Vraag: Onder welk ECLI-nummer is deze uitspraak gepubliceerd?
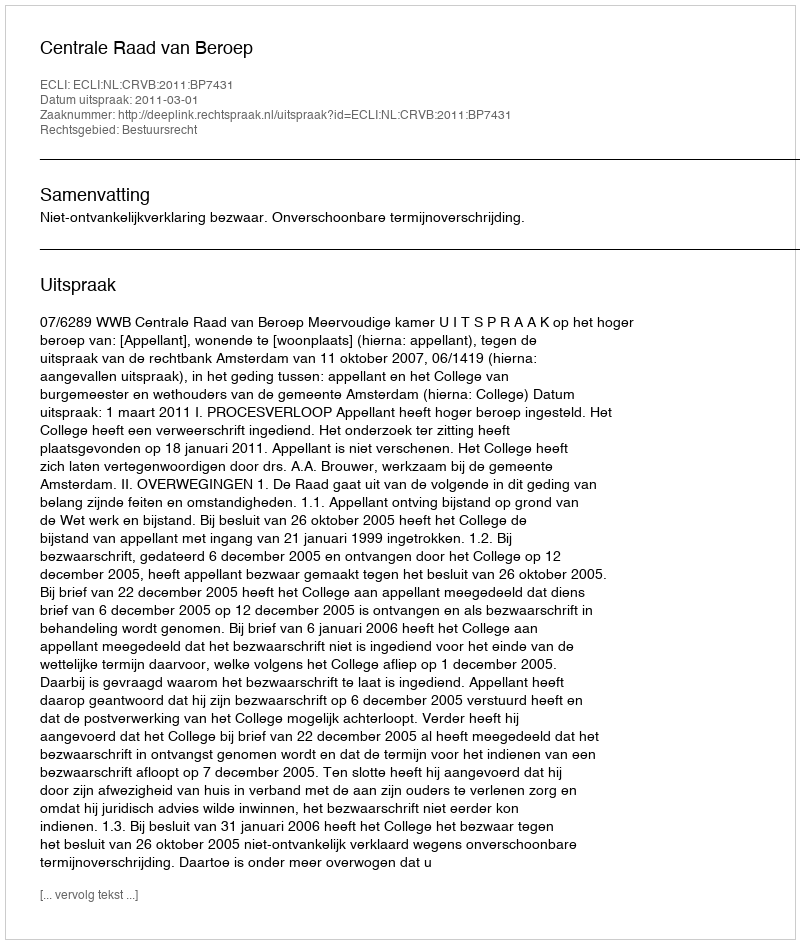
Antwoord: ECLI:NL:CRVB:2011:BP7431